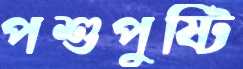
পশুপুষ্টি